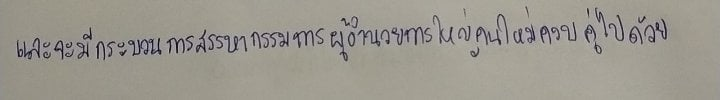
และจะมีกระบวนการสรรหากรรมการผู้อำนวยการใหญ่คนใหม่ควบคู่ไปด้วย